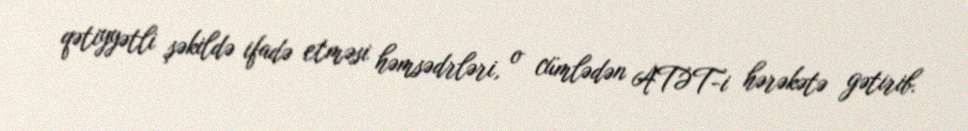
qətiyyətli şəkildə ifadə etməsi həmsədrləri, o cümlədən ATƏT-i hərəkətə gətirib.